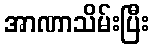
အာဏာသိမ်းပြီး